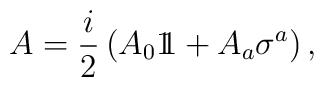
A  = {i \over 2} \left( A_0 1\!\! 1 +A_a \sigma^a \right) ,